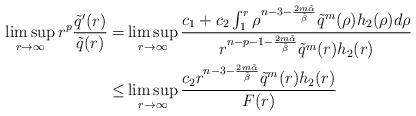
LaTeX: \begin{align*}\limsup_{r\to\infty}r^{p}\frac{\tilde q'(r)}{\tilde q(r)} = &\limsup_{r\to\infty}\frac{c_1+c_2\int_1^r\rho^{n-3-\frac{2m \tilde\alpha}{\tilde\beta}} \tilde q^m(\rho)h_2(\rho)d\rho}{r^{n-p-1-\frac{2m\tilde\alpha}{\tilde\beta}} \tilde q^m(r)h_2(r)}\\\leq&\limsup_{r\to\infty}\frac{ c_2r^{n-3-\frac{2m \tilde\alpha}{\tilde\beta}} \tilde q^m(r)h_2(r)}{F(r)}\end{align*}